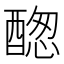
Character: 𨡮